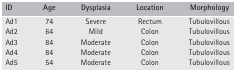
<table><thead><tr><td><b>ID</b></td><td><b>Age</b></td><td><b>Dysplasia</b></td><td><b>Location</b></td><td><b>Morphology</b></td></tr></thead><tbody><tr><td>Ad1</td><td>74</td><td>Severe</td><td>Rectum</td><td>Tubulovillous</td></tr><tr><td>Ad2</td><td>64</td><td>Mild</td><td>Colon</td><td>Tubulovillous</td></tr><tr><td>Ad3</td><td>84</td><td>Moderate</td><td>Colon</td><td>Tubulovillous</td></tr><tr><td>Ad4</td><td>84</td><td>Moderate</td><td>Colon</td><td>Tubulovillous</td></tr><tr><td>Ad5</td><td>54</td><td>Moderate</td><td>Colon</td><td>Tubulovillous</td></tr></tbody></table>